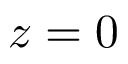
{ z = 0 }